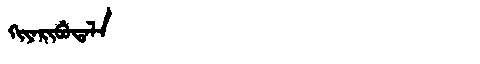
Manchu: ᡴᡳᠶᠠᡵᡳᠪᡠᡨᠠᠯᠠ
Romanization: KIYARIBUTALA